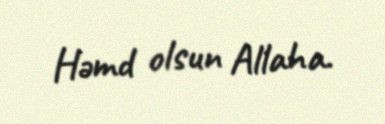
Həmd olsun Allaha.